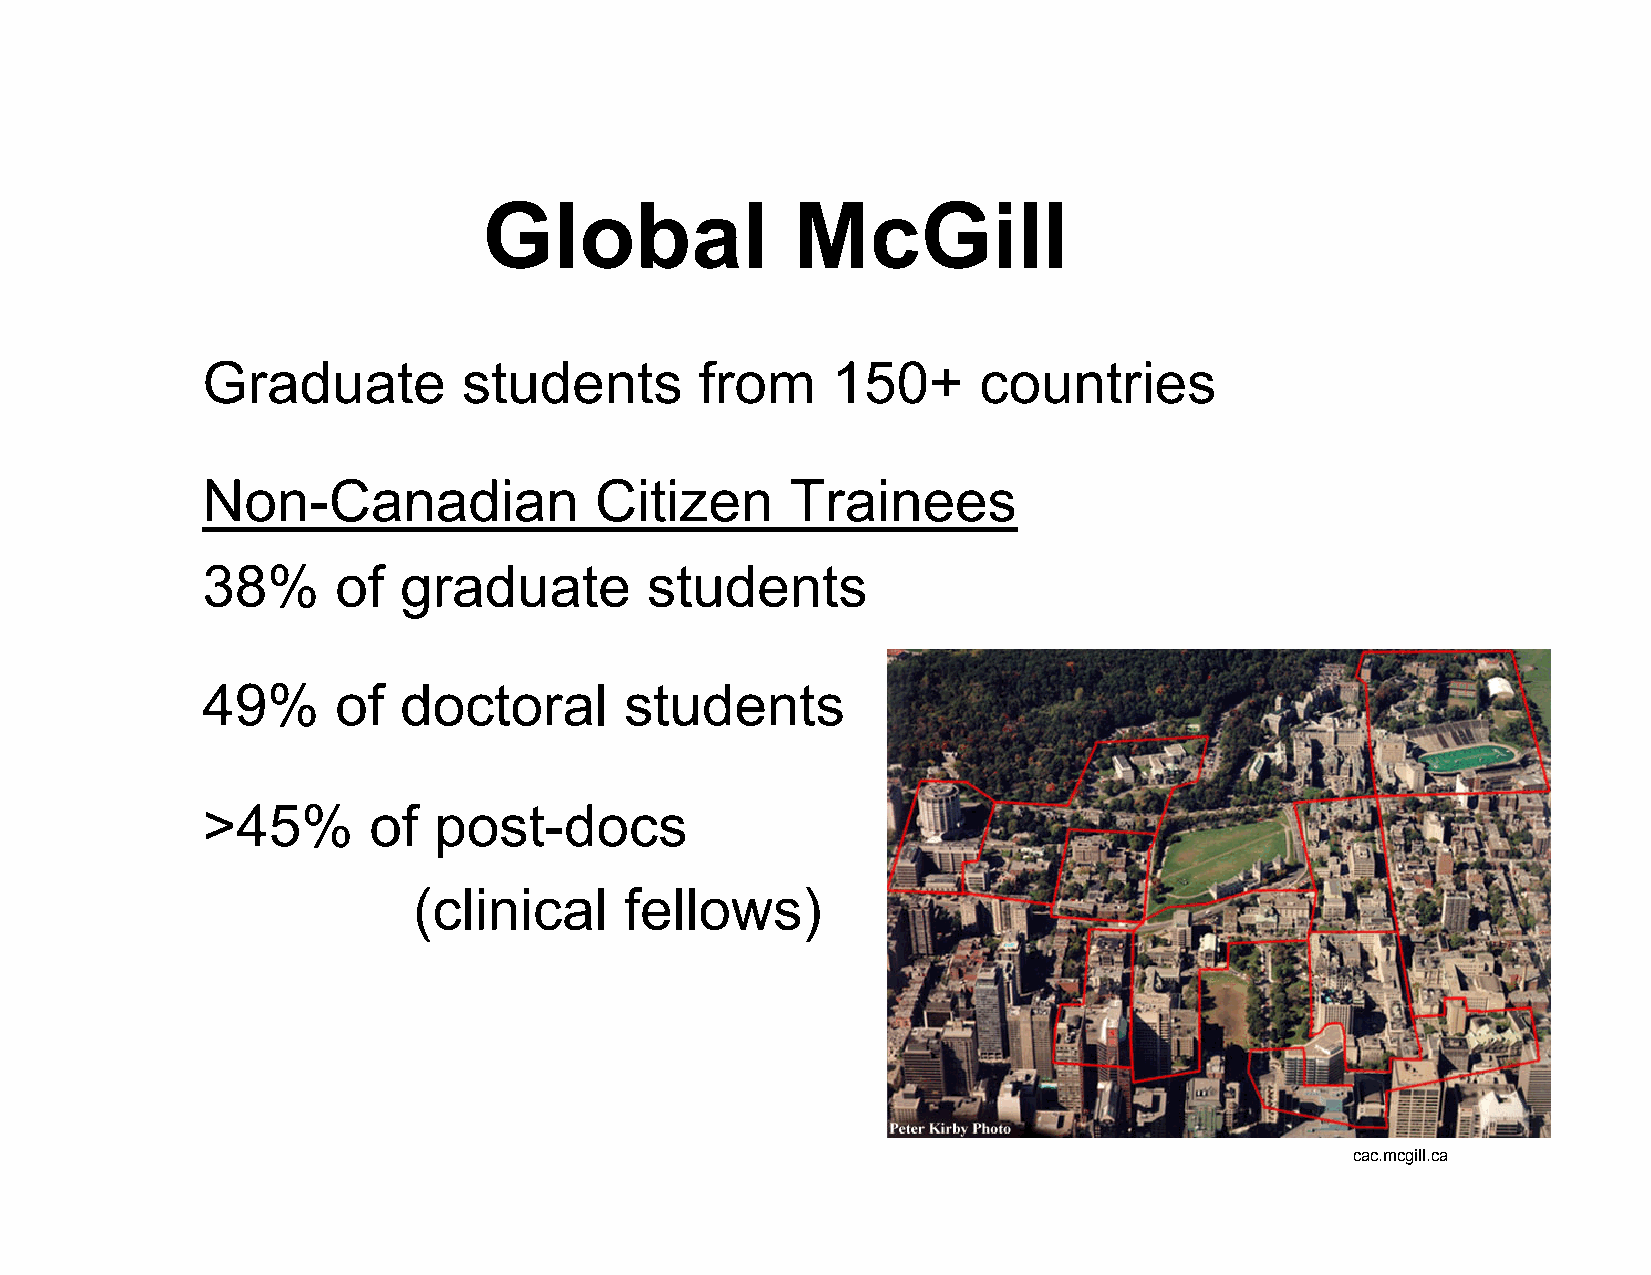
Global              McGill
 Graduate          students       from     150+      countries
 Non-Canadian              Citizen      Trainees
 38%      of  graduate         students
 49%      of  doctoral       students
 >45%       of   post-docs
 (clinical     fellows)
 cac.mcgill.ca